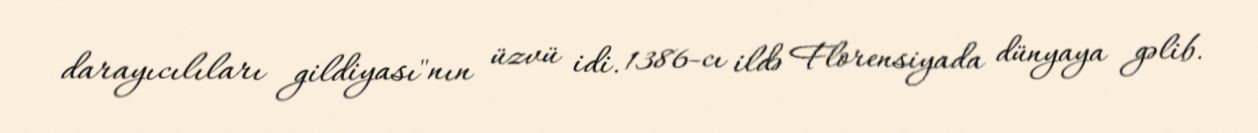
darayıcılıları gildiyası"nın üzvü idi. 1386-cı ildə Florensiyada dünyaya gəlib.